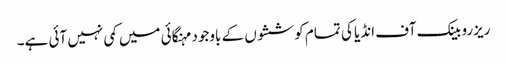
ریزرو بینک آف انڈیا کی تمام کوششوں کے باوجود مہنگائی میں کمی نہیں آئی ہے۔